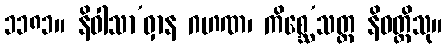
၁၁၈၁။ နိဝါသာ’ဝှာန ဂဟဏ၊ ကိစ္ဆေ’သတ္ထ နိဝတ္တိသု။